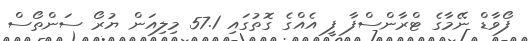
ފޯވާޑް ނޭމާގެ ޓްރާންސްފާ ފީ އެއްގެ ގޮތުގައި 57.1 މިލިއަން ޔުރޯ ސަންތޯސް